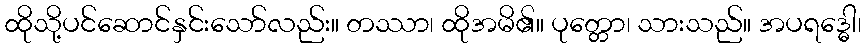
ထိုသို့ပင်ဆောင်နှင်းသော်လည်း။ တဿာ၊ ထိုအမိ၏။ ပုတ္တော၊ သားသည်။ အပရဒ္ဓေါ၊